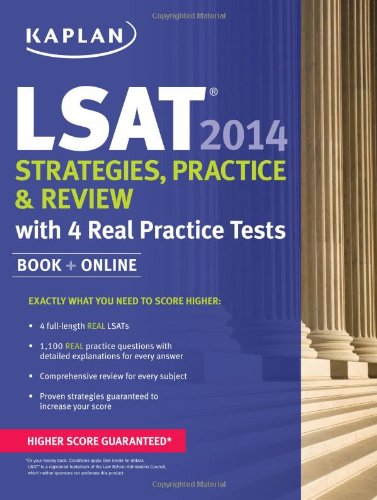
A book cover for Kaplan LSAT 2014 Strategies, Practice, and Review with 4 Real Practice Tests: Book + Online (Kaplan LSAT Strategies and Tactics); Kaplan; Test Preparation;